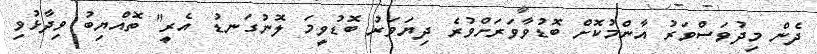
ދެން މިދުވަސްވަރު އާންމުކޮށް ބޮޑުވާވަރަށްވުރެ ދިޔަވަރު ބޮޑުވީމަ ލޮނުގަނޑު އެރީ" ތޮއްޔިބު ވިދާޅުވި